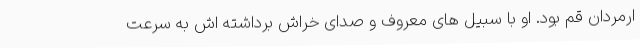
ارمردان قم بود. او با سبیل های معروف و صدای خراش برداشته اش به سرعت